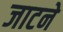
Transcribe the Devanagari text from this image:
जाटने